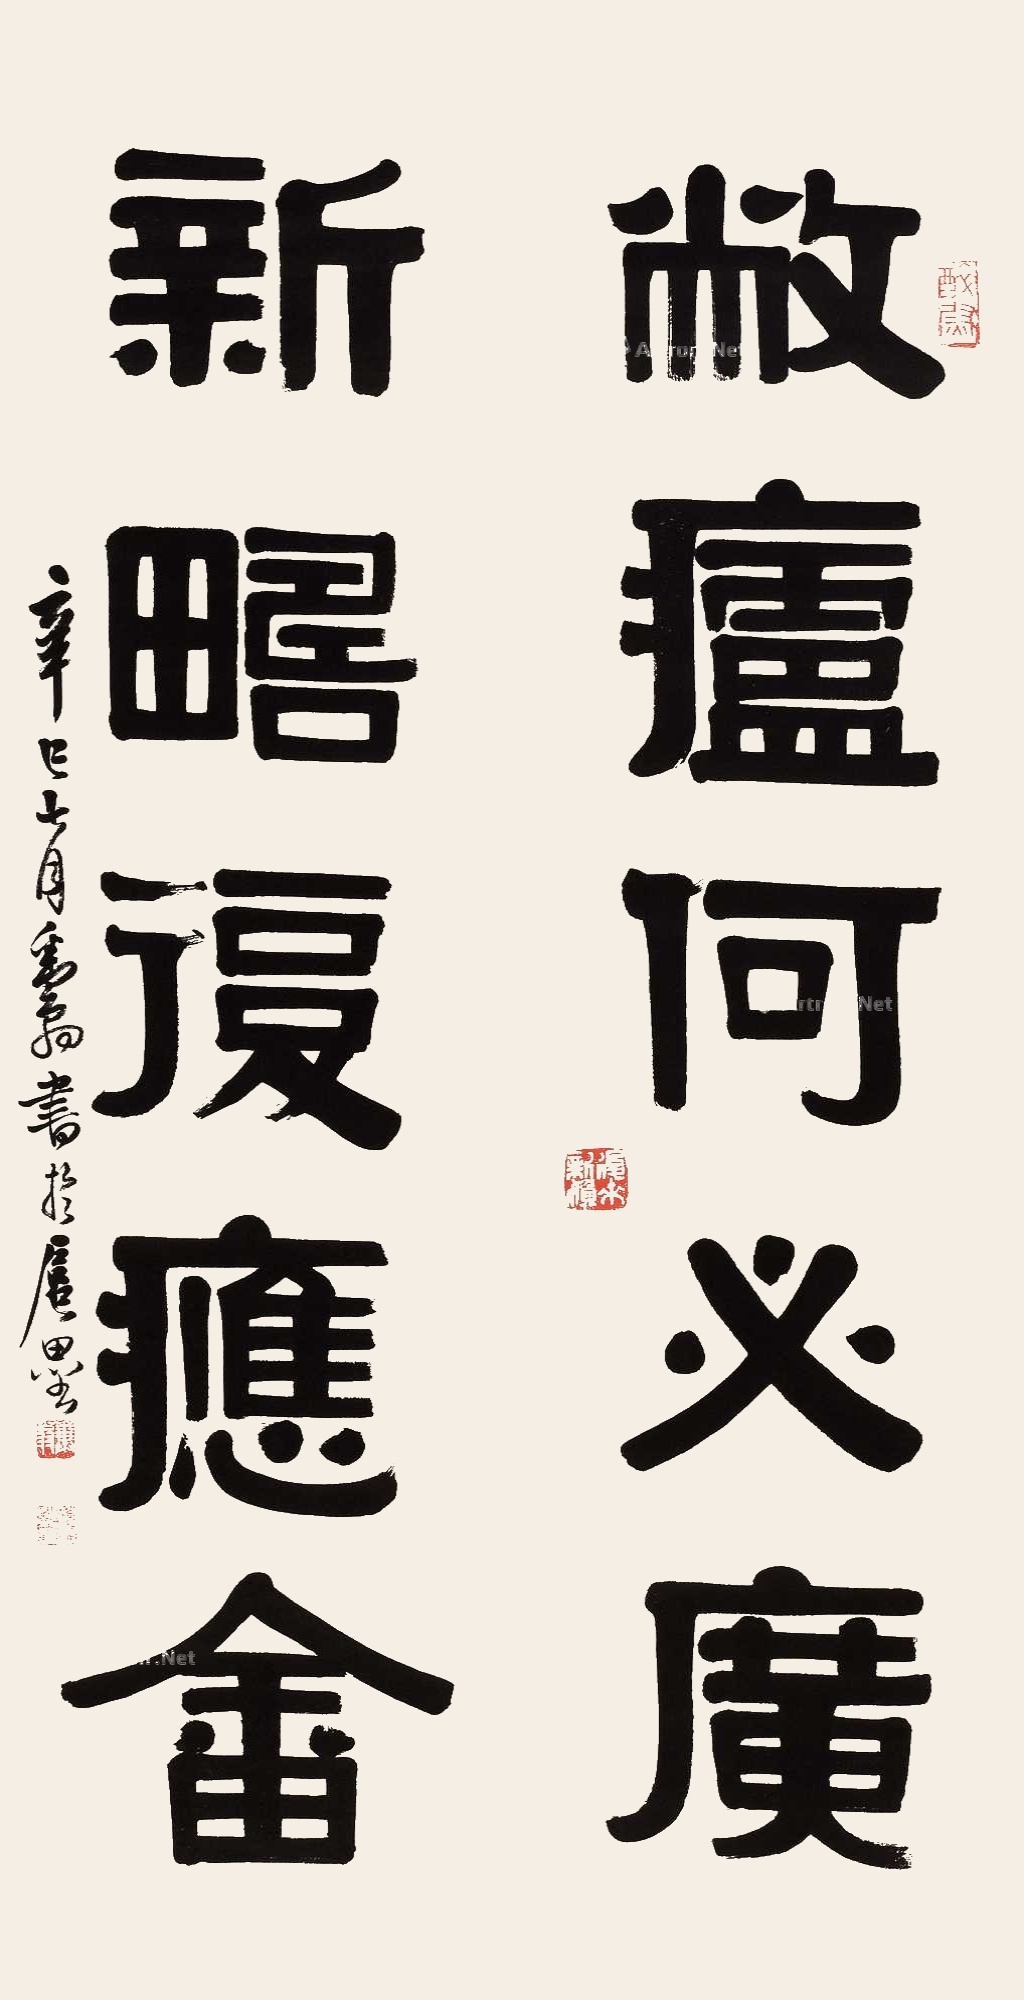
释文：敝庐何必广，新畴后应畬。辛巳七月粪翁书于扈墨。